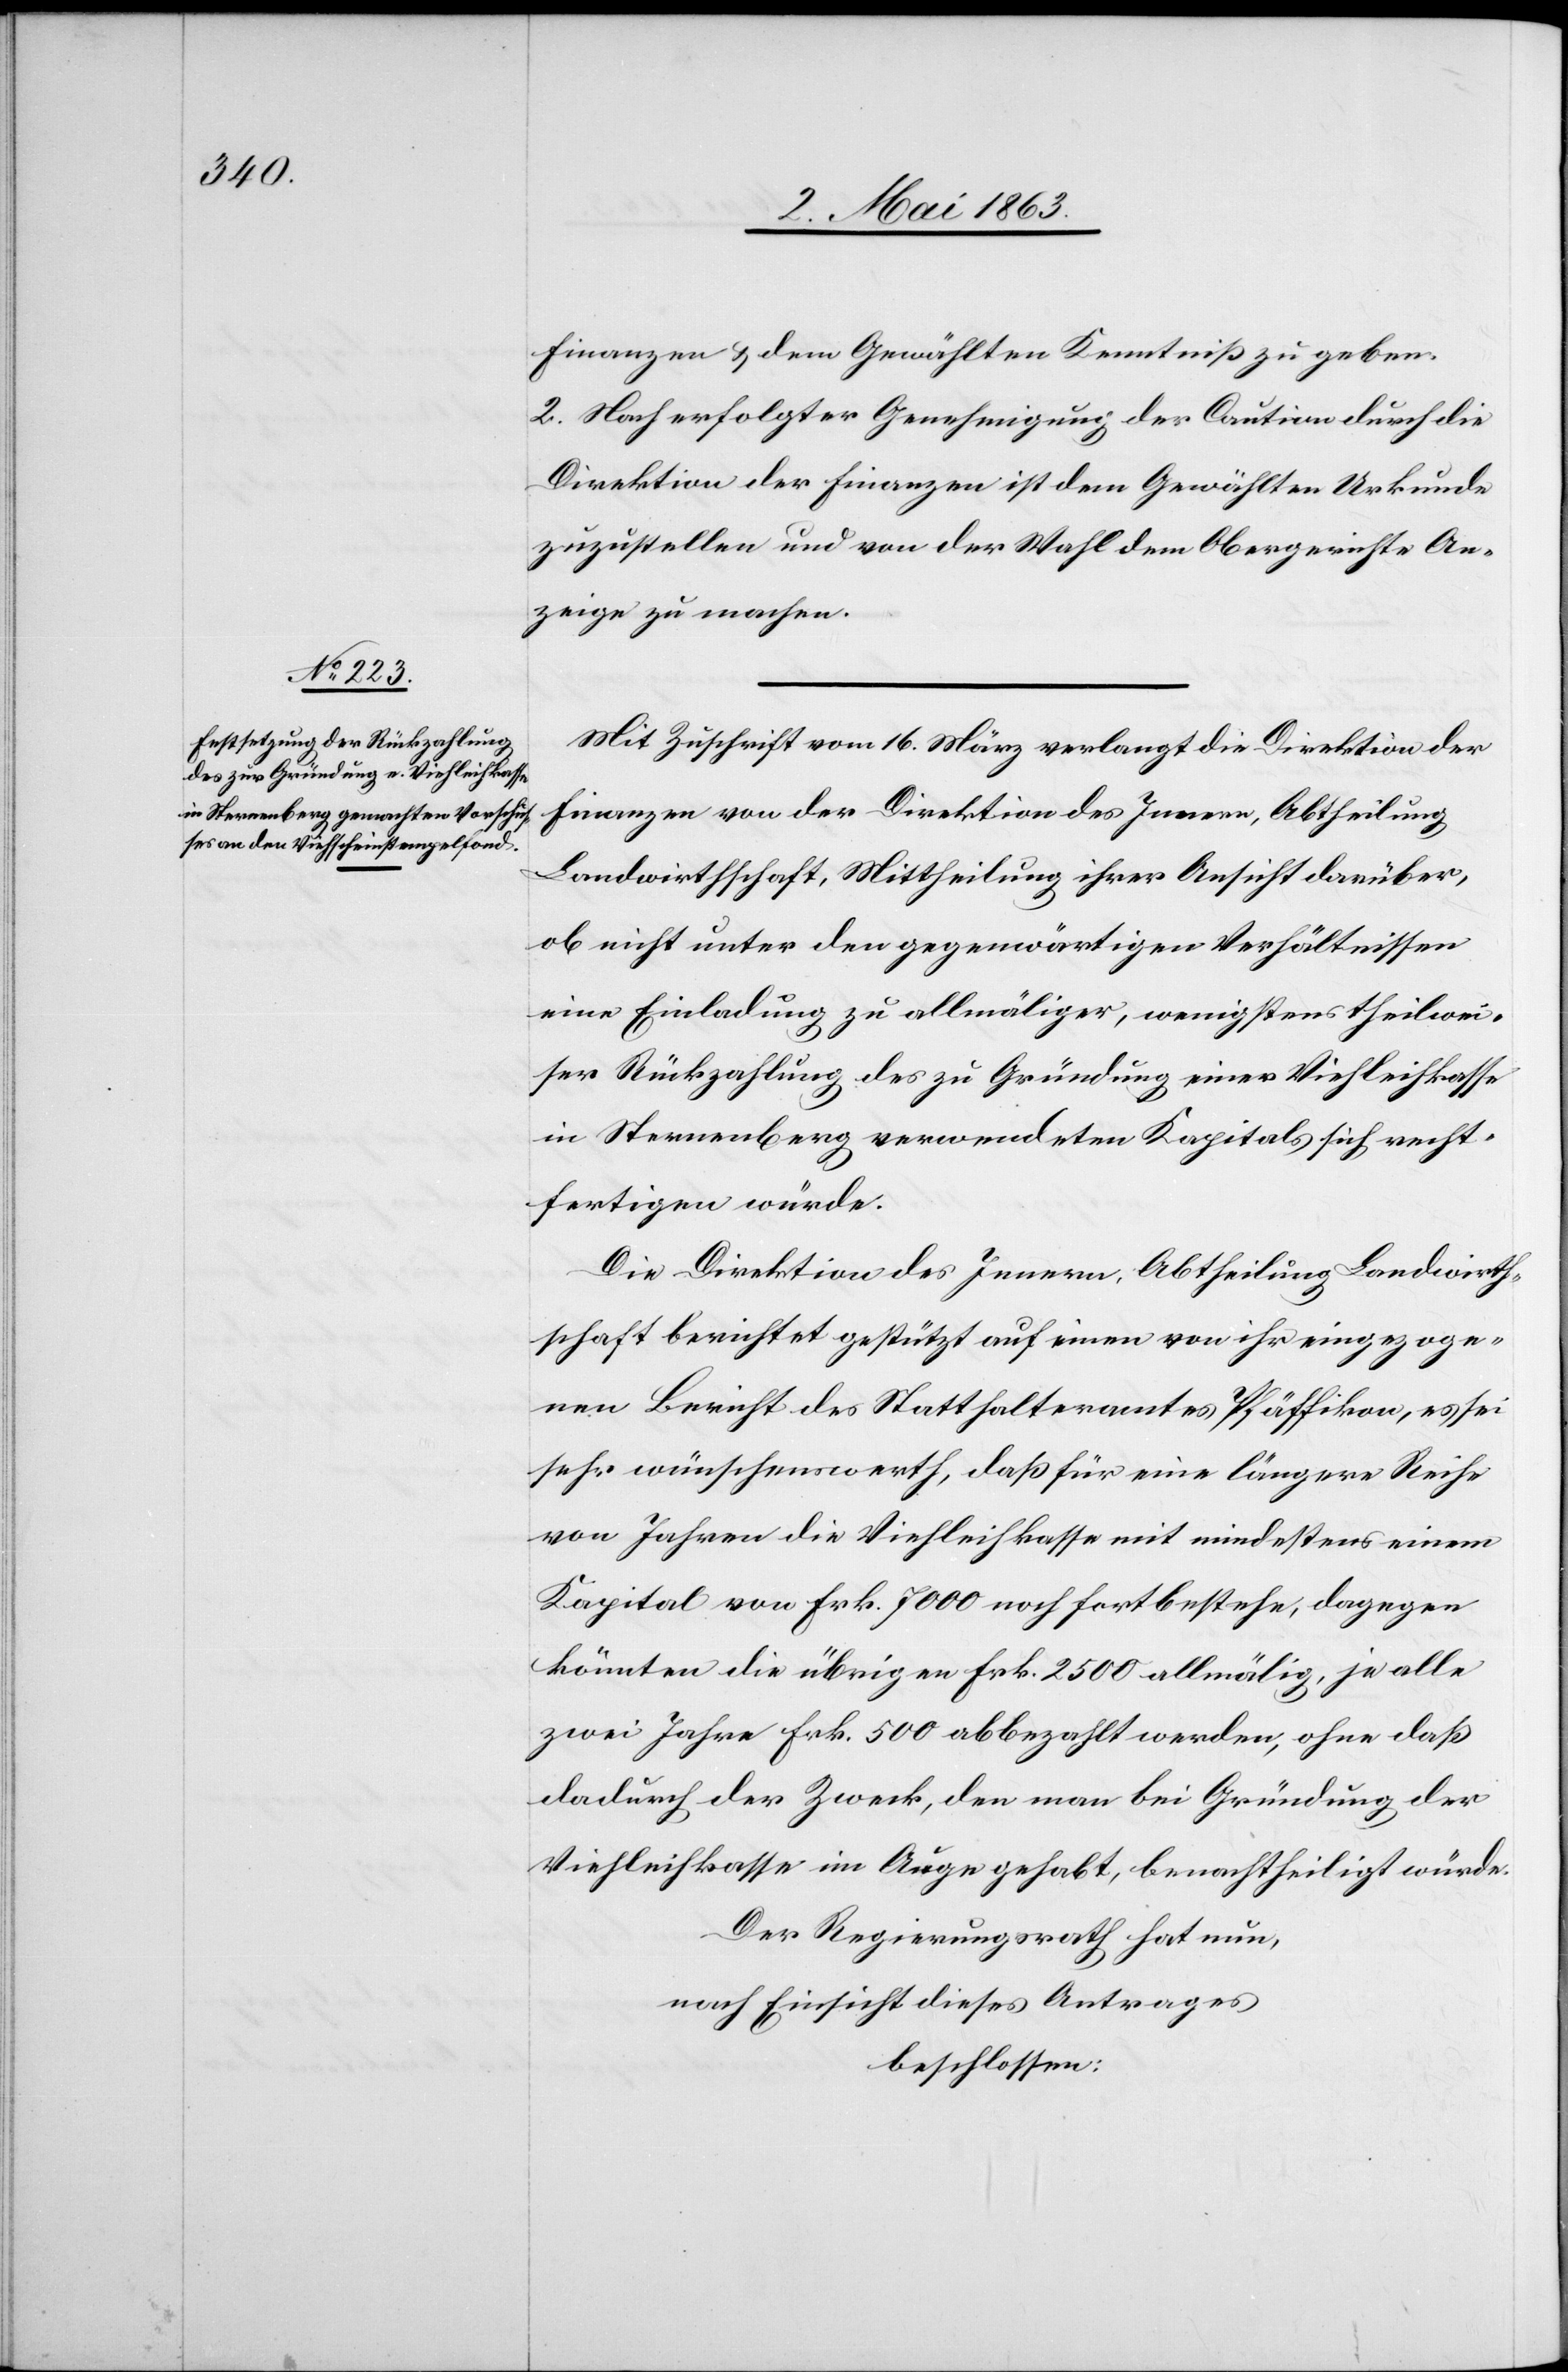
Finanzen & dem Gewählten Kenntniß zu geben.
2. Nach erfolgter Genehmigung der Caution durch die
Direktion der Finanzen ist dem Gewählten Urkunde
zuzustellen und von der Wahl dem Obergerichte An¬
zeige zu machen.
Mit Zuschrift vom 16. März verlangt die Direktion der
Finanzen von der Direktion des Innern, Abtheilung
Landwirtschaft, Mittheilung ihrer Ansicht darüber,
ob nicht unter den gegenwärtigen Verhältnissen
eine Einladung zu allmäliger, wenigstens theilwei¬
ser Rückzahlung des zu Gründung einer Viehleihkasse
in Sternenberg verwendeten Kapitals sich recht¬
fertigen würde.
Die Direktion des Innern, Abtheilung Landwirth¬
schaft berichtet gestützt auf einen von ihr eingezoge¬
nen Bericht des Statthalteramtes Pfäffikon, es sei
sehr wünschenswerth, daß für eine längere Reihe
von Jahren die Viehleihkasse mit mindestens einem
Kapital von Frk. 7000 noch fortbestehe, dagegen
könnten die übrigen Frk. 2500 allmälig, je alle
zwei Jahre Frk. 500 abbezahlt werden, ohne daß
dadurch der Zweck, den man bei Gründung der
Viehleihkasse im Auge gehabt, benachtheiligt würde.
Der Regierungsrath hat nun,
nach Einsicht dieses Antrages
beschlossen: